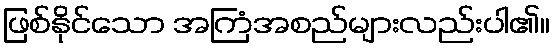
ဖြစ်နိုင်သော အကြံအစည်များလည်းပါ၏။